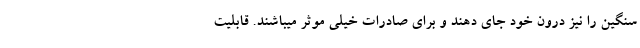
سنگین را نیز درون خود جای دهند و برای صادرات خیلی موثر میباشند. قابلیت